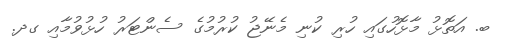
ބ. އަތޮޅު މާޅޮހުގައި ހުރި ކުނި މެނޭޖު ކުރުމުގެ ސެންޓަރު ހުޅުވުމާއި ގދ.